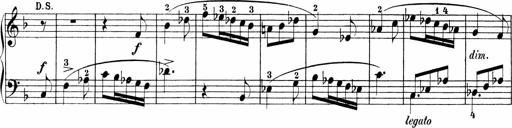
Title: Sonatinen Op.47, 98 und 136, nebst 6 Liedersonatinen
Composer: Carl Reinecke